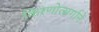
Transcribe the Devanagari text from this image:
किरणोत्सर्गाने